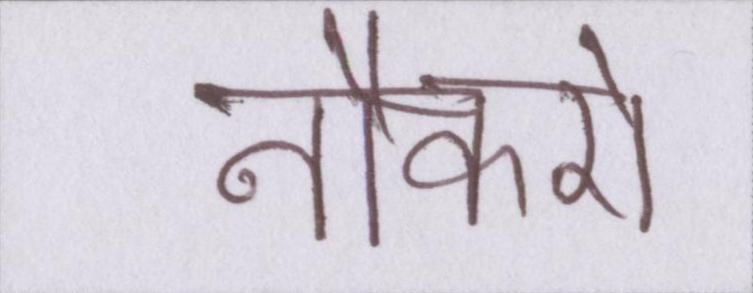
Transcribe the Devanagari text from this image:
नौकरों